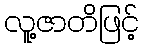
လူ့ဇာတိဖြင့်